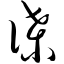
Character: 谍